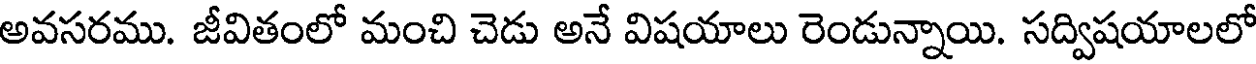
అవసరము. జీవితంలో మంచి చెడు అనే విషయాలు రెండున్నాయి. సద్విషయాలలో